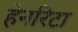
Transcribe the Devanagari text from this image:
हेनरिटा